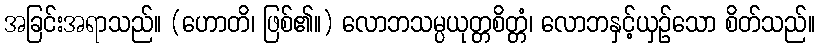
အခြင်းအရာသည်။ (ဟောတိ၊ ဖြစ်၏။) လောဘသမ္ပယုတ္တစိတ္တံ၊ လောဘနှင့်ယှဉ်သော စိတ်သည်။